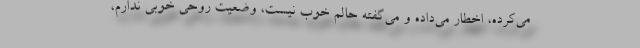
می‌کرده، اخطار می‌داده و می‌گفته حالم خوب نیست، وضعیت روحی خوبی ندارم،